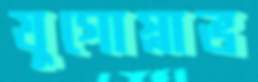
যুগোস্লাভ